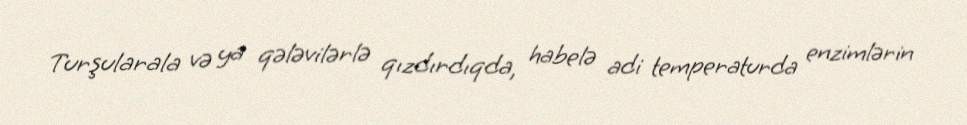
Turşularala və ya qələvilərlə qızdırdıqda, habelə adi temperaturda enzimlərin